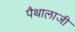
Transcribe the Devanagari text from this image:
पैथालाजी